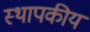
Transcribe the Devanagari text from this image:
स्थापकीय